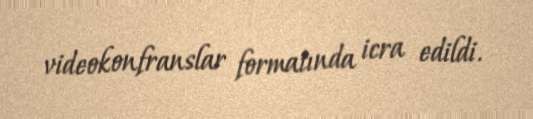
videokonfranslar formatında icra edildi.